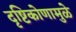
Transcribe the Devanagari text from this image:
दृष्टिकोणामुळे